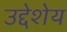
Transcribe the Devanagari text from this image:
उद्देशेय